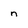
Character: n